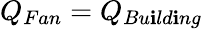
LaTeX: Q_{Fan}=Q_{Bu\mathbf{i}ld\mathbf{i}ng}\,